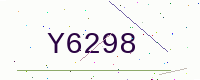
Text: Y6298